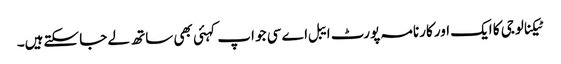
ٹیکنالوجی کا ایک اور کارنامہ پورٹ ایبل اے سی جو اپ کہئی بھی ساتھ لے جا سکتےہیں۔